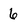
Character: 6